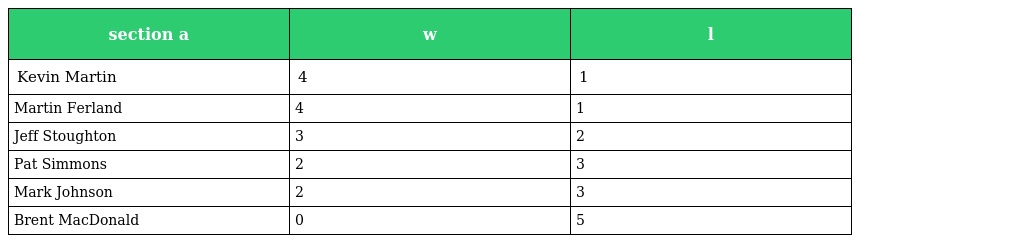
| section a | w | l |
 | --- | --- | --- |
 | Kevin Martin | 4 | 1 |
 | Martin Ferland | 4 | 1 |
 | Jeff Stoughton | 3 | 2 |
 | Pat Simmons | 2 | 3 |
 | Mark Johnson | 2 | 3 |
 | Brent MacDonald | 0 | 5 |